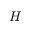
H